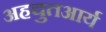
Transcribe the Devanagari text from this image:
अहचुतआर्य